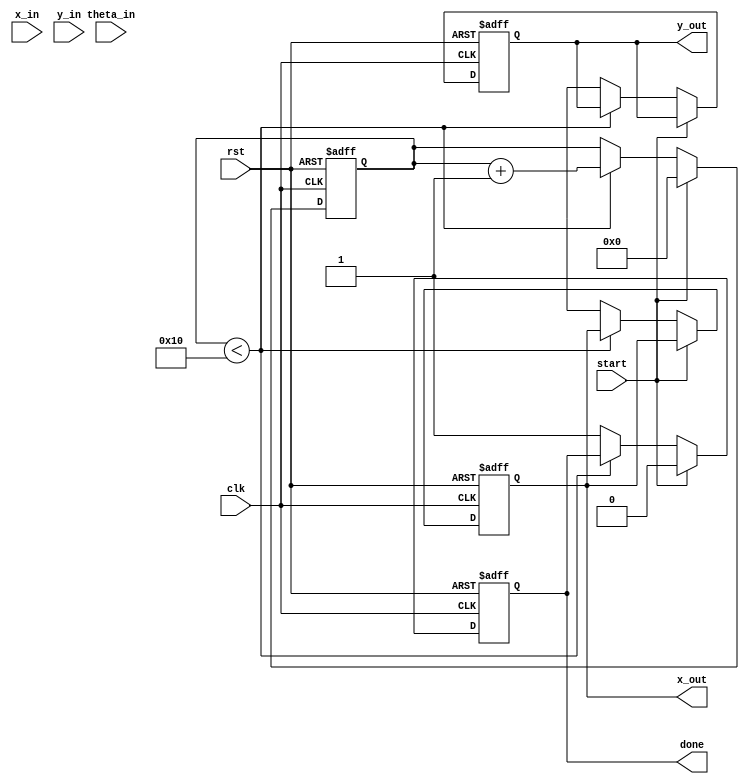
module cordic_rotational (
    input wire clk,
    input wire rst,
    input wire start,
    input wire [15:0] x_in,       // Input X coordinate (fixed-point)
    input wire [15:0] y_in,       // Input Y coordinate (fixed-point)
    input wire [15:0] theta_in,   // Input angle (fixed-point)
    output reg [15:0] x_out,      // Output X coordinate (fixed-point)
    output reg [15:0] y_out,      // Output Y coordinate (fixed-point)
    output reg done               // Done signal
);

    // Parameters
    parameter NUM_ITERATIONS = 16;
    parameter CORDIC_GAIN = 16'h26DD; // Precomputed scaling factor (fixed-point)

    // Internal registers
    reg [15:0] x_reg [0:NUM_ITERATIONS-1];
    reg [15:0] y_reg [0:NUM_ITERATIONS-1];
    reg [15:0] theta_reg [0:NUM_ITERATIONS-1];
    reg [3:0] iteration;
    reg [15:0] angle_lookup [0:NUM_ITERATIONS-1]; // Lookup table for arctan values

    // Initialize the angle lookup table
    initial begin
        angle_lookup[0] = 16'h3FF2; // atan(2^-0) in fixed-point
        angle_lookup[1] = 16'h3FE6; // atan(2^-1)
        angle_lookup[2] = 16'h3FD9; // atan(2^-2)
        angle_lookup[3] = 16'h3FBC; // atan(2^-3)
        angle_lookup[4] = 16'h3FAF; // atan(2^-4)
        angle_lookup[5] = 16'h3F9A; // atan(2^-5)
        angle_lookup[6] = 16'h3F8D; // atan(2^-6)
        angle_lookup[7] = 16'h3F80; // atan(2^-7)
        angle_lookup[8] = 16'h3F73; // atan(2^-8)
        angle_lookup[9] = 16'h3F66; // atan(2^-9)
        angle_lookup[10] = 16'h3F59; // atan(2^-10)
        angle_lookup[11] = 16'h3F4C; // atan(2^-11)
        angle_lookup[12] = 16'h3F3F; // atan(2^-12)
        angle_lookup[13] = 16'h3F32; // atan(2^-13)
        angle_lookup[14] = 16'h3F25; // atan(2^-14)
        angle_lookup[15] = 16'h3F18; // atan(2^-15)
    end

    // State machine for CORDIC iterations
    always @(posedge clk or posedge rst) begin
        if (rst) begin
            iteration <= 0;
            x_out <= 0;
            y_out <= 0;
            done <= 0;
        end else if (start) begin
            // Initialize input registers
            x_reg[0] <= x_in;
            y_reg[0] <= y_in;
            theta_reg[0] <= theta_in;
            iteration <= 0;
            done <= 0;
        end else if (iteration < NUM_ITERATIONS) begin
            // CORDIC iteration logic
            if (theta_reg[iteration] < 0) begin
                // Rotate clockwise
                x_reg[iteration + 1] <= x_reg[iteration] + (y_reg[iteration] >> iteration);
                y_reg[iteration + 1] <= y_reg[iteration] - (x_reg[iteration] >> iteration);
                theta_reg[iteration + 1] <= theta_reg[iteration] + angle_lookup[iteration];
            end else begin
                // Rotate counterclockwise
                x_reg[iteration + 1] <= x_reg[iteration] - (y_reg[iteration] >> iteration);
                y_reg[iteration + 1] <= y_reg[iteration] + (x_reg[iteration] >> iteration);
                theta_reg[iteration + 1] <= theta_reg[iteration] - angle_lookup[iteration];
            end
            iteration <= iteration + 1;
        end else begin
            // Final output after all iterations
            x_out <= x_reg[NUM_ITERATIONS];
            y_out <= y_reg[NUM_ITERATIONS];
            done <= 1;
        end
    end

endmodule